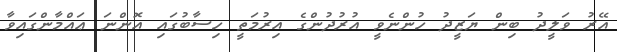
އޭރު ވަލީދު ބިން ޔަޒީދު ހުންނެވީ އުރުދުންގެ އިރުމަތީ ހިސާބުގައި އޮންނަ ޢައްމާންގައިވާ